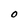
Character: O